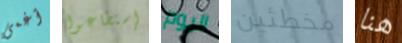
أغمى إستطاعوا اليوم مخطئين هنا